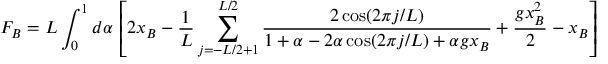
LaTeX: F _ { B } = L \int _ { 0 } ^ { 1 } d \alpha \, \left[ 2 x _ { B } - \frac { 1 } { L } \sum _ { j = - L / 2 + 1 } ^ { L / 2 } \frac { 2 \cos ( 2 \pi j / L ) } { 1 + \alpha - 2 \alpha \cos ( 2 \pi j / L ) + \alpha g x _ { B } } + \frac { g x _ { B } ^ { 2 } } { 2 } - x _ { B } \right]